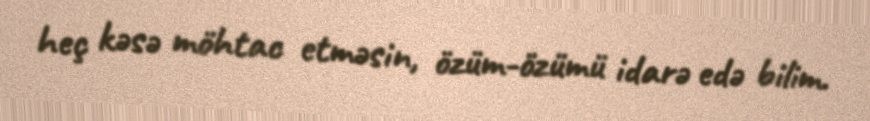
heç kəsə möhtac etməsin, özüm-özümü idarə edə bilim.